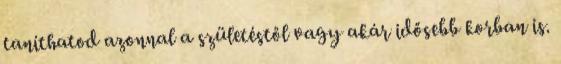
taníthatod azonnal a születéstől vagy akár idősebb korban is.